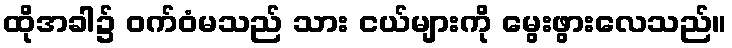
ထိုအခါ၌ ဝက်ဝံမသည် သား ငယ်များကို မွေးဖွားလေသည်။